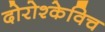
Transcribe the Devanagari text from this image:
दोरोश्केविच